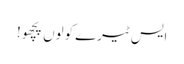
ایس ٹیرے کولوں پچھو!